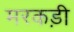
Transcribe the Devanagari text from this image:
मरकड़ी